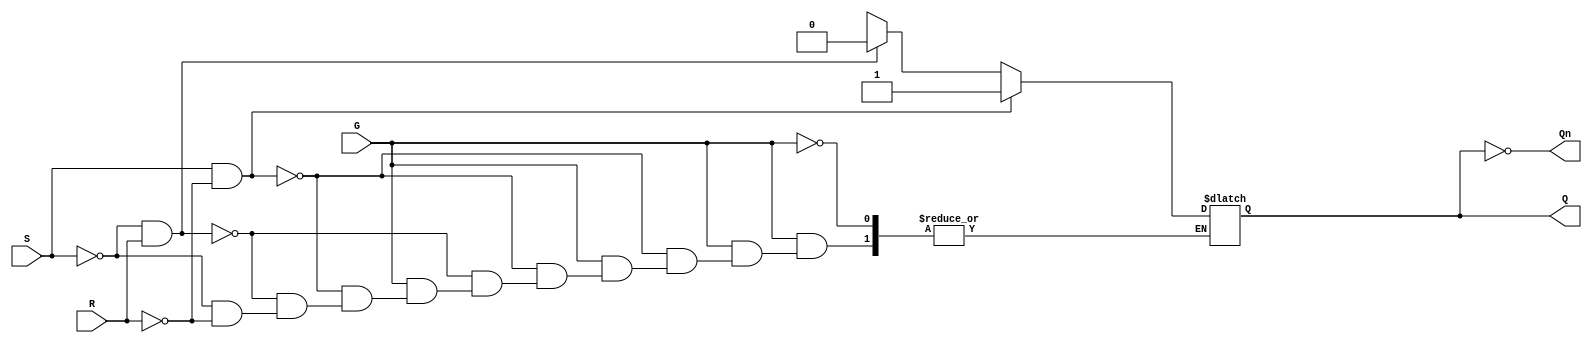
module gated_sr_latch (
    input wire S,      // Set input
    input wire R,      // Reset input
    input wire G,      // Gate input
    output reg Q,      // Output Q
    output wire Qn     // Output Q' (not Q)
);

    assign Qn = ~Q; // Complement of Q

    always @(*) begin
        if (G) begin
            if (S && !R) begin
                Q = 1'b1; // Set condition
            end else if (!S && R) begin
                Q = 1'b0; // Reset condition
            end else if (!S && !R) begin
                // Hold state (do nothing)
                Q = Q; // Retain previous state
            end else begin
                // Invalid condition (S = 1, R = 1)
                Q = 1'bx; // Undefined state
            end
        end
        // When G is low, retain the previous state
    end

endmodule